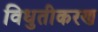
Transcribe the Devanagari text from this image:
विधुतीकरण